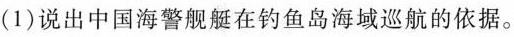
(1)说出中国海警舰艇在钓鱼岛海域巡航的依据。